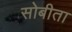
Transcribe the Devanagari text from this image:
सोबीता